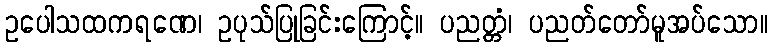
ဥပေါသထကရဏေ၊ ဥပုသ်ပြုခြင်းကြောင့်။ ပညတ္တံ၊ ပညတ်တော်မူအပ်သော။